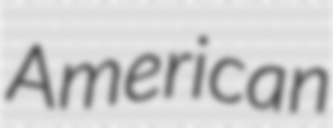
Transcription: American